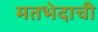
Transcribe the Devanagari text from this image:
मतभेदाची